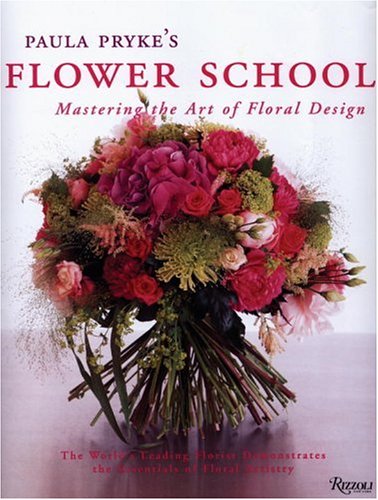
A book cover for Paula Pryke's Flower School: Mastering the Art of Floral Design; Paula Pryke; Crafts, Hobbies & Home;